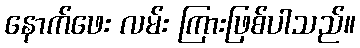
နောက်ဖေး လမ်း ကြားဖြစ်ပါသည်။